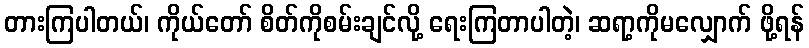
တားကြပါတယ်၊ ကိုယ်တော် စိတ်ကိုစမ်းချင်လို့ ရေးကြတာပါတဲ့၊ ဆရာ့ကိုမလျှောက် ဖို့ရန်